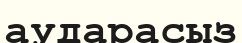
аударасыз